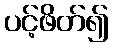
ပင့်ဖိတ်၍